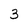
Character: 3